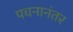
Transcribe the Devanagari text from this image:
पचनानंतर